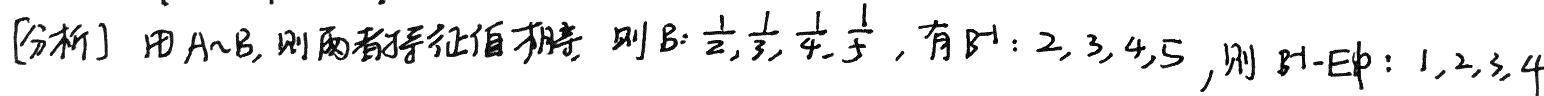
[分析] 由 $A\sim B$, 则两者特征值相同. 则 $B:\frac{1}{2},\frac{1}{3},\frac{1}{4},\frac{1}{5}$, 有 $B^{-1}:2,3,4,5$, 则 $B^{-1}-E$ 中: $1,2,3,4$